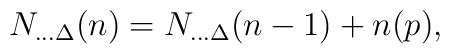
N_{...\Delta}(n)=N_{...\Delta}(n-1)+n(p),